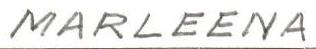
MARLEENA